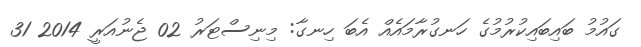
ގައުމު ބައިބައިކުރުމުގެ ހަނގުރާމައެއް އެބަ ހިނގާ: މިނިސްޓަރު 02 ޖެނުއަރީ 2014 31